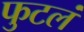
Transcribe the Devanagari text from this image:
फुटलं